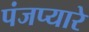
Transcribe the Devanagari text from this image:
पंजप्यारे